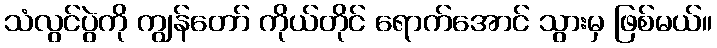
သံလွင်ပွဲကို ကျွန်တော် ကိုယ်တိုင် ရောက်အောင် သွားမှ ဖြစ်မယ်။